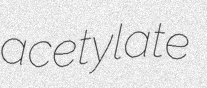
acetylate